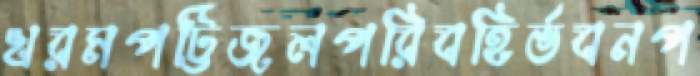
খরমপট্টিজলপরিবহির্ভবনপ